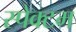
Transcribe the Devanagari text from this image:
स्पेक्टम